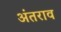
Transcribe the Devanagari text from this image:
अंतराव